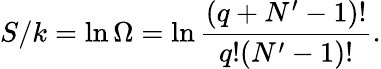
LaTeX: S/k=\ln\Omega=\ln{\frac{\left(q+N^{\prime}-1\right)!}{q!(N^{\prime}-1)!}}.